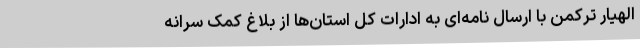
الهیار ترکمن با ارسال نامه‌ای به ادارات کل استان‌ها از بلاغ کمک سرانه